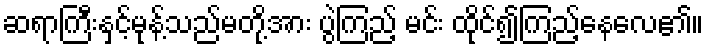
ဆရာကြီးနှင့်မုန့်သည်မတို့အား ပွဲကြည့် မင်း ထိုင်၍ကြည့်နေလေ၏။